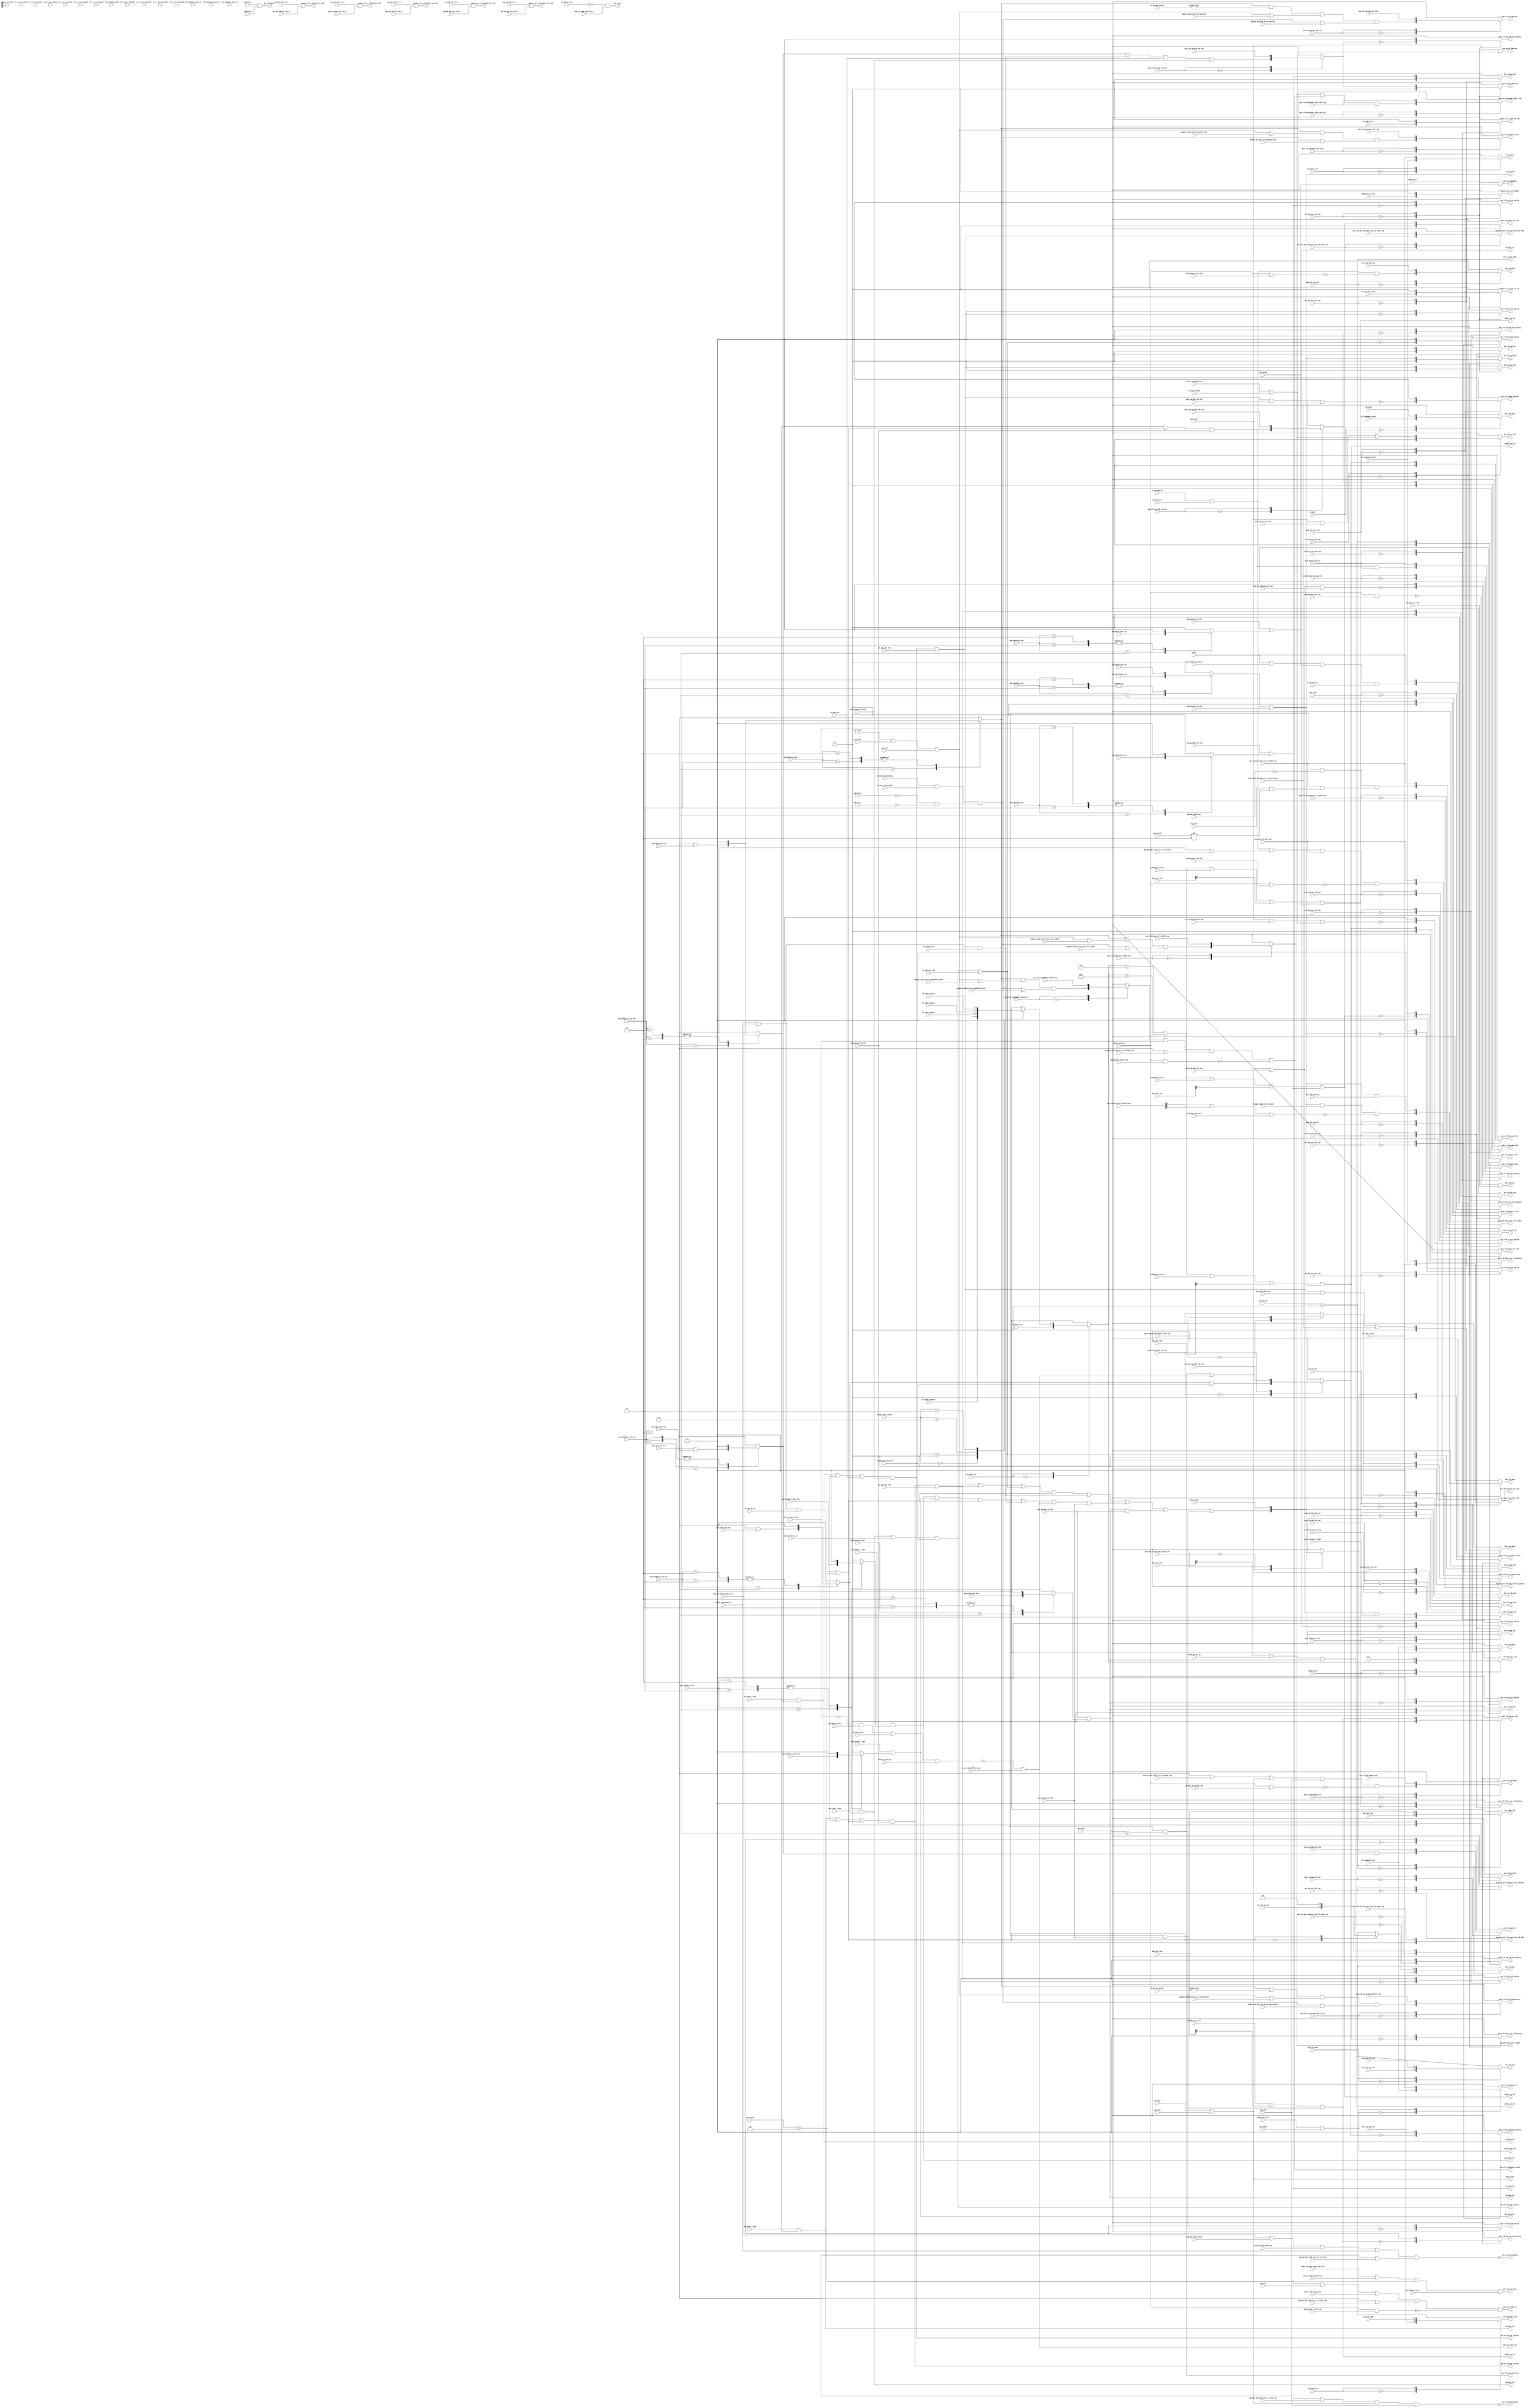
/*********** Howard Auto Gen Tools ***********/

module tcon_config(
// --- input
    input  ad_et41_rst_sel_reg,
    input  ad_r07_rst_sel_reg,
    input  ad_r08_rst_sel_reg,
    input  ad_r09_rst_sel_reg,
    input  ad_r10_rst_sel_reg,
    input  adc_cal_gating_clk_reg,
    input  adc_cal_rst_sel_reg,
    input  always_pow_rst,
    input  aux_mode,
    input  bypass_hp_port_on_12p288mhz_dre03,
    input  bypass_hp_port_on_bias_ctrl_128fs,
    input  bypass_hp_port_on_en_sw_amp_detect,
    input  bypass_hp_port_on_harmonic_8fs,
    input  bypass_hp_port_on_hp_amp_det,
    input  bypass_su45_46_47_12p288mhz_dre03,
    input  bypass_su45_46_47_bias_ctrl_128fs,
    input  bypass_su45_46_47_en_sw_amp_detect,
    input  bypass_su45_46_47_harmonic_8fs,
    input  bypass_su45_46_47_hp_amp_det,
    input  cal_adc_rst_n,
    input  cal_dc_procedure_en,
    input  cal_dc_status,
    input  cal_hp_dc_en,
    input  cal_pdm_dc_en,
    input  cbj_done,
    input  ck_rc_osc_div1024,
    input  ck_rc_osc_div128,
    input  ck_rc_osc_div16,
    input  ck_rc_osc_div2048,
    input  ck_rc_osc_div256,
    input  ck_rc_osc_div32,
    input  ck_rc_osc_div4096,
    input  ck_rc_osc_div512,
    input  ck_rc_osc_div64,
    input  ck_rc_osc_div8,
    input  ck_rc_osc_div8192,
    input  clk_98p304m_div16,
    input  clk_98p304m_div2_en,
    input  clk_98p304m_div4,
    input  clk_98p304m_div4_en,
    input  clk_98p304m_div64,
    input  clk_98p304m_div8,
    input  clk_98p304m_div8_en,
    input  clk_dmic_sel,
    input  clk_sdmi,
    input  clk_udsp_sel,
    input  cp_clk_sel,
    input  da_clk_force_on,
    input  da_r02_rst_sel_reg,
    input  da_r03_rst_sel_reg,
    input  da_r04_rst_sel_reg,
    input  daad_lp_en,
    input  dmic1_en,
    input  dmic2_en,
    input  efuse_clk_ctrl,
    input  en_cal_adc_offset_sync,
    input  en_dac_ext_r02,
    input  en_dac_ext_r03,
    input  en_dac_ext_r04,
    input  en_out_l_hp_analog,
    input  en_out_r_hp_analog,
    input  eq_path_en,
    input  et41h_ad_src_en,
    input  flag_sin_gen_ramp_busy,
    input  fsm_busy_status,
    input  fsm_en_stereo_dre,
    input  gating_apr_cal_reg,
    input  gating_apr_cbj_reg,
    input  gating_apr_depop_reg,
    input  gating_apr_dre03_reg,
    input  gating_apr_fsm_reg,
    input  gating_apr_rldet_reg,
    input  gating_sdw_link_rst_n_1_cal_reg,
    input  gating_sdw_link_rst_n_1_cbj_reg,
    input  gating_sdw_link_rst_n_1_depop_reg,
    input  gating_sdw_link_rst_n_1_dre03_reg,
    input  gating_sdw_link_rst_n_1_fsm_reg,
    input  gating_sdw_link_rst_n_1_rldet_reg,
    input  hid1_button_ump_en,
    input  hp_outjd_4t,
    input  imp_en,
    input  jd_hp_dbn_in,
    input  jd_source_sel,
    input  linkb,
    input  mfpu_algo_prepare_ctrl_et4e_func04,
    input  mute_hp_l,
    input  mute_hp_r,
    input  nid07h_ad_src_en,
    input  nid08h_ad_src_en,
    input  nid09h_ad_src_en,
    input  nid10h_ad_src_en,
    input  pd_ck_adda,
    input  pll_ckrdy,
    input  pll_ckrdy_6t,
    input  porb,
    input  pow_adc07_ps2_reg,
    input  pow_adc08_ps2_reg,
    input  pow_adc08_ps3_reg,
    input  pow_adc10_ps2_reg,
    input  pow_cbj,
    input  pow_ck2ad_mix_sel,
    input  pow_ck_fda_sda_sel,
    input  pow_clk_12p288mhz_dre03_reg,
    input  pow_clk_12p288mhz_dre03_sel,
    input  pow_clk_ad_et41_ana_filter_sel,
    input  pow_clk_ad_r09_ana_filter_sel,
    input  pow_clk_adc_bias_ctrl_128fs_reg,
    input  pow_clk_adc_bias_ctrl_128fs_sel,
    input  pow_clk_adc_cal_pdb,
    input  pow_clk_adc_cal_reg,
    input  pow_clk_adc_dre_reg,
    input  pow_clk_adc_dre_sel,
    input  pow_clk_bias_ctrl_128fs_reg,
    input  pow_clk_bias_ctrl_128fs_sel,
    input  pow_clk_button_ump_sel,
    input  pow_clk_cal_fsm_reg,
    input  pow_clk_cal_fsm_sel,
    input  pow_clk_cal_reg,
    input  pow_clk_cbj_reg,
    input  pow_clk_cbj_sel,
    input  pow_clk_da_mod_r02_reg,
    input  pow_clk_da_mod_r02_sel,
    input  pow_clk_da_mod_r03_reg,
    input  pow_clk_da_mod_r03_sel,
    input  pow_clk_da_mod_r04_reg,
    input  pow_clk_da_mod_r04_sel,
    input  pow_clk_dac_ana_out_div2_02_fdac_reg,
    input  pow_clk_dac_ana_out_div2_02_fdac_sel,
    input  pow_clk_dac_ana_out_div2_03_sdac_reg,
    input  pow_clk_dac_ana_out_div2_03_sdac_sel,
    input  pow_clk_en_sw_amp_detect_reg,
    input  pow_clk_en_sw_amp_detect_sel,
    input  pow_clk_envelope_128fs_12m_reg,
    input  pow_clk_envelope_128fs_12m_sel,
    input  pow_clk_harmonic_8fs_reg,
    input  pow_clk_harmonic_8fs_sel,
    input  pow_clk_hp_amp_det_reg,
    input  pow_clk_hp_amp_det_sel,
    input  pow_clk_hp_depop_reg,
    input  pow_clk_hp_depop_sel,
    input  pow_clk_pdm_dre_reg,
    input  pow_clk_pdm_dre_sel,
    input  pow_clk_rc_cal_reg,
    input  pow_clk_udsp_reg,
    input  pow_clk_usd_reg,
    input  pow_clk_usd_sel,
    input  pow_et41h_ps2_reg,
    input  pow_fdac_l_pdb,
    input  pow_fdac_ps2_reg,
    input  pow_jd1,
    input  pow_jd2,
    input  pow_mixadc_l_pdb,
    input  pow_mixadc_l_ps2_reg,
    input  pow_mixadc_r_pdb,
    input  pow_mixadc_r_ps2_reg,
    input  pow_rccal,
    input  pow_rdac_l_pdb,
    input  pow_rdac_ps2_reg,
    input  pow_sdac_l_pdb,
    input  pow_sdac_ps2_reg,
    input  pre_ck_rc_osc,
    input  rc_cal_fsm_en,
    input  rc_cal_gating_clk_reg,
    input  rc_cal_procedure_en,
    input  rc_cal_rst_n_reg,
    input  rc_cal_rst_sel_reg,
    input  reg_ad_et41_rst_n,
    input  reg_ad_et41_src_rst_n,
    input  reg_ad_r07_rst_n,
    input  reg_ad_r07_src_rst_n,
    input  reg_ad_r08_rst_n,
    input  reg_ad_r08_src_rst_n,
    input  reg_ad_r09_rst_n,
    input  reg_ad_r09_src_rst_n,
    input  reg_ad_r10_rst_n,
    input  reg_ad_r10_src_rst_n,
    input  reg_cal_clk_force_en,
    input  reg_cal_dc_procedure_en,
    input  reg_en_pll,
    input  reg_filter_clk_rst_n,
    input  reg_gating_clk_e41,
    input  reg_gating_clk_r02,
    input  reg_gating_clk_r03,
    input  reg_gating_clk_r04,
    input  reg_gating_clk_r07,
    input  reg_gating_clk_r08,
    input  reg_gating_clk_r09,
    input  reg_gating_clk_r10,
    input  reg_sin_gen_rst_n,
    input  rldet_sin_gen_ramp_start_en,
    input  rldet_status_hp1,
    input  scan_mode,
    input  sdw_link_rst_n_1,
    input  sel_et45,
    input  sel_et46,
    input  sel_et47,
    input  spk_pow_lim_status,
    input  start_rldet_hp1_post,
    input  trigger_mode_ultra_sound,
    input  udsp_gating_clk_reg,
    input  udsp_rst_n_reg,
    input  udsp_rst_sel_reg,
    input  ulsd_det_spe_ctrl,
    input  usd_clk_mode,
    input  usd_data_clear,
    input  usd_in_time_slot_rst_n,
    input [1:0] alc_in_sel,
    input [1:0] en_en_sw_detect,
    input [1:0] en_hp_amp_detect,
    input [1:0] sel_clk_ad_r08,
    input [1:0] sel_clk_ad_r09,
    input [1:0] sel_clk_da_r02,
    input [1:0] sel_clk_udsp,
    input [1:0] sel_et0c,
    input [1:0] usage_et26_func02,
    input [1:0] usd_clk_sel_reg,
    input [2:0] adfe22_input_sel,
    input [2:0] cal_state,
    input [2:0] cbj_result,
    input [2:0] pow_adc07_ps_set,
    input [2:0] pow_adc08_ps_set,
    input [2:0] pow_adc09_ps_set,
    input [2:0] pow_adc10_ps_set,
    input [2:0] pow_dac02_ps_set_act,
    input [2:0] pow_dac03_ps_get,
    input [2:0] pow_dac03_ps_set_act,
    input [2:0] pow_dac04_ps_set_act,
    input [2:0] pow_et41h_ps_set,
    input [2:0] spe_private_et44_func04_post,
    input [3:0] adc_e41_rate,
    input [3:0] adc_r07_rate,
    input [3:0] adc_r08_rate,
    input [3:0] adc_r09_rate,
    input [3:0] adc_r10_rate,
    input [3:0] clk_dmic_div,
    input [3:0] clk_dmic_usage_0,
    input [3:0] clk_dmic_usage_1,
    input [3:0] clk_dmic_usage_2,
    input [3:0] clk_dmic_usage_3,
    input [3:0] dac_r02_rate,
// --- output
    output     adc07_src_en,
    output     adc08_src_en,
    output     adc09_src_en,
    output     adc10_src_en,
    output     adc27_src_en,
    output     adc_cal_force_on,
    output     alc_in_sel_eq01,
    output     async_rst_n_clk_ad_src_r09,
    output     async_rst_n_clk_ad_src_r27,
    output     async_rst_n_clk_dmic_src_r07,
    output     async_rst_n_clk_dmic_src_r08,
    output     async_rst_n_clk_dmic_src_r10,
    output     efuse_clk_sel,
    output     ext_clk_cal_gating,
    output     ext_clk_cbj_gating,
    output     pow_ad_e41,
    output     pow_ad_r07,
    output     pow_ad_r08,
    output     pow_ad_r09_l,
    output     pow_ad_r09_r,
    output     pow_ad_r10,
    output     pow_clk_12p288mhz_dre03,
    output     pow_clk_98p304m,
    output     pow_clk_adc_dre_pre1,
    output     pow_clk_cal,
    output     pow_clk_dmic,
    output     pow_clk_rldet_vt,
    output     pow_clk_sin_gen,
    output     pow_da_r02,
    output     pow_da_r02_pd_latency,
    output     pow_da_r03,
    output     pow_da_r03_pd_latency,
    output     pow_da_r04,
    output     pow_da_r04_pd_latency,
    output     pow_jd_ck,
    output     pow_oscck_50m_pre,
    output     pre_spk_rcvy_clk_cts2,
    output     usd_rst_n,
    output reg [1:0] clk_udsp_div_sel,
    output reg [1:0] sel_clk_alc,
    output reg [1:0] sel_clk_usd,
    output reg [3:0] alc_rate_sel,
    output reg [3:0] clk_dmic_div_sel,
    output reg async_rst_n_clk_adc_cal,
    output reg async_rst_n_clk_rc_cal,
    output reg async_rst_n_clk_udsp,
    output reg ext_clk_ad_r07_gating,
    output reg ext_clk_ad_r08_gating,
    output reg ext_clk_ad_r09_ana_filter_gating,
    output reg ext_clk_ad_r09_gating,
    output reg ext_clk_ad_r10_gating,
    output reg ext_clk_ad_r27_ana_filter_gating,
    output reg ext_clk_ad_r27_gating,
    output reg ext_clk_ad_src_r09_gating,
    output reg ext_clk_ad_src_r27_gating,
    output reg ext_clk_adc_cal_gating,
    output reg ext_clk_da_mod_r02_gating,
    output reg ext_clk_da_mod_r03_gating,
    output reg ext_clk_da_mod_r04_gating,
    output reg ext_clk_da_r02_gating,
    output reg ext_clk_da_r03_gating,
    output reg ext_clk_da_r04_gating,
    output reg ext_clk_dmic_src_r07_gating,
    output reg ext_clk_dmic_src_r08_gating,
    output reg ext_clk_dmic_src_r10_gating,
    output reg ext_clk_rc_cal_gating,
    output reg ext_clk_udsp_gating,
    output reg pow_ck2ad_mix,
    output reg pow_ck_fda_sda,
    output reg pow_clk_ad_r07,
    output reg pow_clk_ad_r08,
    output reg pow_clk_ad_r09,
    output reg pow_clk_ad_r09_ana_filter,
    output reg pow_clk_ad_r10,
    output reg pow_clk_ad_r27,
    output reg pow_clk_ad_r27_ana_filter,
    output reg pow_clk_ad_src_r09,
    output reg pow_clk_ad_src_r27,
    output reg pow_clk_adc_bias_ctrl_128fs,
    output reg pow_clk_adc_cal,
    output reg pow_clk_adc_dre,
    output reg pow_clk_bias_ctrl_128fs,
    output reg pow_clk_button_ump,
    output reg pow_clk_cal_fsm,
    output reg pow_clk_cbj,
    output reg pow_clk_da_mod_r02,
    output reg pow_clk_da_mod_r03,
    output reg pow_clk_da_mod_r04,
    output reg pow_clk_da_r02,
    output reg pow_clk_da_r03,
    output reg pow_clk_da_r04,
    output reg pow_clk_dacl_ana_out_div2_02_fdac,
    output reg pow_clk_dacl_ana_out_div2_03_sdac,
    output reg pow_clk_dmic_src_r07,
    output reg pow_clk_dmic_src_r08,
    output reg pow_clk_dmic_src_r10,
    output reg pow_clk_en_sw_amp_detect,
    output reg pow_clk_envelope_128fs_12m,
    output reg pow_clk_harmonic_8fs,
    output reg pow_clk_hp_amp_det,
    output reg pow_clk_hp_depop,
    output reg pow_clk_pdm_dre,
    output reg pow_clk_rc_cal,
    output reg pow_clk_udsp,
    output reg pow_clk_usd,
    output reg pre_clk_beep,
    output reg pre_clk_efuse_ctrl,
    output reg pre_clk_ocp,
    output reg pre_jd_ck,
    output reg pre_spk_purdc_clk_cts2,
    output reg rst_n_cts2_root_clk_98p304m
);



    // -------------------------- component outputs -------------------------- //
    wire           not_trs_detected_done;
    wire           always_pow_rst_cal_post;
    wire           pow_clk_ad_r09_ana_filter_pre1;
    wire           pow_clk_en_sw_amp_detect_pre1;
    wire           pow_clk_ad_r27_ana_filter_pre1;
    wire           inv_ext_clk_cal_gating;
    wire           pow_da_r03_ps2;
    wire           pow_clk_envelope_128fs_12m_pre;
    wire           pow_clk_udsp_pre1;
    wire           spe_private_et44_func04_post1;
    wire           pow_ck2ad_mix_pre;
    wire           ext_clk_adc_cal_gating_pre;
    wire           always_pow_rst_cbj_post;
    wire           pow_clk_pdm_dre_pre;
    wire           pow_clk_da_r02_pre1;
    wire           pow_da_r02_ps2;
    wire           inv_mute_hp_l_r;
    wire           cal_dc_classd_force_on;
    wire           pow_clk_da_r04_pre1;
    wire           always_pow_rst_depop_post;
    wire           always_pow_rst_fsm_post;
    wire           pow_clk_usd_pre1;
    wire           en_out_l_r_hp_analog;
    wire           pow_clk_da_mod_r04_pre1;
    wire           cal_dc_rldet_force_on_pre2;
    wire           fsm_busy_status_post;
    wire           pow_clk_da_mod_r03_pre1;
    wire           hp_port_on;
    wire           pow_clk_adc_cal_pre;
    wire           always_pow_rst_dre03_post;
    wire           pow_clk_cbj_pre;
    wire           pow_clk_da_r03_pre1;
    wire           pow_clk_button_ump_pre;
    wire           pow_clk_rc_cal_pre1;
    wire           pow_clk_hp_amp_det_pre1;
    wire           pow_da_r04_ps2;
    wire           ext_clk_udsp_gating_pre1;
    wire           pow_clk_da_mod_r02_pre1;
    wire           pow_clk_ad_r09_pre;
    wire           always_pow_rst_rldet_post;
    wire           ext_clk_rc_cal_gating_pre1;
    wire           pow_clk_usd_pre0;
    wire           pow_clk_bias_ctrl_128fs_pre;
    wire           pow_clk_en_sw_amp_detect_pre;
    wire           pow_clk_harmonic_8fs_pre;
    wire           pow_clk_12p288mhz_dre03_pre2;
    wire           pow_clk_adc_bias_ctrl_128fs_pre;
    wire           pow_clk_hp_amp_det_pre;
    wire           inv_ext_clk_cbj_gating;
    wire           pow_clk_hp_depop_pre;
    wire           filter_clk_rst_n;
    wire           pow_clk_cal_fsm_pre;
    wire           su45_en;
    wire           su46_en;
    wire           clk_dmic_div_reg_eq7;
    wire           su47_en;
    wire           pow_clk_rldet_vt_pre1;
    wire           line2_to_su35;
    wire           mic2_to_adc09;
    wire           clk_dmic_div_reg_eq9;
    wire           not_trs_detected;
    wire           en_hp_amp_detect_post;
    wire           en_en_sw_detect_post;
    wire           inv_always_pow_rst_dre03_post;
    wire           inv_adc27_src_en;
    wire           inv_pow_clk_da_mod_r02_pre;
    wire           usd_data_clear_b;
    wire           inv_adc09_src_en;
    wire           inv_always_pow_rst_rldet_post;
    wire           inv_always_pow_rst_depop_post;
    wire           inv_pow_clk_da_r04_pre;
    wire           inv_adc07_src_en;
    wire           inv_always_pow_rst_fsm_post;
    wire           inv_pow_clk_da_mod_r04_pre;
    wire           inv_pow_clk_ad_r09_ana_filter_pre;
    wire           inv_pow_ad_e41;
    wire           inv_ext_clk_udsp_gating_pre;
    wire           inv_spe_private_et44_func04_post1;
    wire           inv_adc_cal_force_on_pre;
    wire           inv_always_pow_rst_cal_post;
    wire           inv_fsm_en_stereo_dre;
    wire           inv_pow_ad_r08;
    wire           inv_always_pow_rst_cbj_post;
    wire           inv_ext_clk_rc_cal_gating_pre;
    wire           inv_adc08_src_en;
    wire           inv_pow_clk_ad_r09_pre;
    wire           inv_pow_ad_r10;
    wire           inv_pow_clk_da_r02_pre;
    wire           inv_pow_clk_ad_r27_ana_filter_pre;
    wire           inv_pow_clk_da_r03_pre;
    wire           inv_adc10_src_en;
    wire           inv_ext_clk_adc_cal_gating_pre;
    wire           inv_pow_ad_r07;
    wire           inv_mute_hp_r;
    wire           inv_pow_clk_da_mod_r03_pre;
    wire           inv_mute_hp_l;
    wire           adc27_src_en_pre;
    wire           bypass_su45_46_47_hp_amp_det_post;
    wire           clk_rc_cal_force;
    wire           bypass_hp_port_on_harmonic_8fs_post;
    wire           pow_clk_button_ump_pre1;
    wire           bypass_su45_46_47_harmonic_8fs_post;
    wire           cal_dc_rldet_force_on_pre1;
    wire           bypass_su45_46_47_en_sw_amp_detect_post;
    wire           bypass_hp_port_on_en_sw_amp_detect_post;
    wire           spe_private_et44_func04_post2;
    wire           sdw_link_rst_n_1_depop_post;
    wire           cal_dc_rldet_force_on;
    wire           clk_dmic_div_rate_src_on;
    wire           ext_clk_udsp_gating_pre;
    wire           pow_clk_adc_bias_ctrl_128fs_pre1;
    wire           pow_clk_da_r03_pre;
    wire           sdw_link_rst_n_1_fsm_post;
    wire           adc_r09_src_en_pre;
    wire           sdw_link_rst_n_1_dre03_post;
    wire           bypass_su45_46_47_bias_ctrl_128fs_post;
    wire           sdw_link_rst_n_1_cbj_post;
    wire           pow_clk_da_r02_pre;
    wire           sdw_link_rst_n_1_rldet_post;
    wire           sdw_link_rst_n_1_cal_post;
    wire           pow_clk_envelope_128fs_12m_pre1;
    wire           pow_clk_cbj_pre1;
    wire           bypass_su45_46_47_12p288mhz_dre03_post;
    wire           pow_clk_da_r04_pre2;
    wire           pow_clk_adc_dre_pre;
    wire           pow_clk_cal_fsm_pre1;
    wire           pow_clk_udsp_pre;
    wire           pow_clk_da_mod_r03_pre2;
    wire           bypass_hp_port_on_bias_ctrl_128fs_post;
    wire           pow_clk_12p288mhz_dre03_pre;
    wire           pow_clk_da_r04_pre;
    wire           bypass_hp_port_on_hp_amp_det_post;
    wire           pow_ck2ad_mix_pre1;
    wire           bypass_hp_port_on_12p288mhz_dre03_post;
    wire           ext_clk_rc_cal_gating_pre;
    wire           pow_clk_rc_cal_pre;
    wire           pow_cbj_pre;
    wire           pow_clk_sin_gen_pre;
    wire           su45_su46_su47_en;
    wire           adc_r07_src_en_pre;
    wire           pow_clk_rldet_vt_pre;
    wire           adc_cal_force_on_pre;
    wire           pow_clk_da_r03_pre2;
    wire           pow_clk_da_r02_pre2;
    wire           pow_ad_r09;
    wire           pow_clk_adc_cal_pre1;
    wire           pow_clk_da_mod_r02_pre2;
    wire           adc_r10_src_en_pre;
    wire           adc_r08_src_en_pre;
    wire           pow_ck_fda_sda_ck2ad_mix_r27_r09;
    wire           pow_ck2ad_mix_pre2;
    wire           ext_clk_cal_gating_pre;
    wire           pow_clk_da_r02_r03_r04;
    reg            pow_clk_da_mod_r03_pre;
    reg            pow_clk_12p288mhz_dre03_pre1;
    reg            pow_clk_da_mod_r02_pre;
    reg            pow_clk_ad_r27_ana_filter_pre;
    reg            pow_clk_da_mod_r04_pre;
    reg            pow_clk_ad_r09_ana_filter_pre;
    reg            pow_da_r02_pre1;
    reg            pow_da_r03_pre1;
    reg            pow_da_r04_pre1;
    reg            pow_ad_r07_pre;
    reg            pow_da_r03_ps_get_pre1;
    reg            pow_ad_r08_pre;
    reg            pow_ad_r09_r_pre;
    reg            pow_ad_r09_l_pre;
    reg            pow_ad_e41_pre;
    reg            pow_ad_r10_pre;
    reg            [1:0] sel_clk_ad_r09_gat;
    reg            [3:0] clk_dmic_div_sel_pre;
    reg            [3:0] clk_dmic_div_sel_pre1;

    // --------- combinational for ext_gating, power and async_rst_n --------- //
    assign not_trs_detected_done = cbj_done & 
                                   not_trs_detected ; 

    assign always_pow_rst_cal_post = always_pow_rst & 
                                     gating_apr_cal_reg ; 

    assign pow_clk_ad_r09_ana_filter_pre1 = pow_ad_r09 & 
                                            reg_gating_clk_r09 ; 

    assign pow_clk_sin_gen = pow_clk_sin_gen_pre & 
                             reg_sin_gen_rst_n ; 

    assign pow_clk_en_sw_amp_detect_pre1 = pow_da_r03_ps_get_pre1 & 
                                           en_en_sw_detect_post ; 

    assign pow_ad_r10 = reg_gating_clk_r10 & 
                        pow_ad_r10_pre ; 

    assign adc10_src_en = adc_r10_src_en_pre & 
                          pow_ad_r10 ; 

    assign pow_ad_r09_l = pow_mixadc_l_pdb & 
                          pow_ad_r09_l_pre ; 

    assign pow_clk_ad_r27_ana_filter_pre1 = pow_ad_e41 & 
                                            reg_gating_clk_e41 ; 

    assign usd_rst_n = usd_data_clear_b & 
                       usd_in_time_slot_rst_n ; 

    assign inv_ext_clk_cal_gating = ext_clk_cal_gating_pre & 
                                    sdw_link_rst_n_1_cal_post ; 

    assign pow_da_r03_ps2 = sdw_link_rst_n_1 & 
                            pow_sdac_ps2_reg ; 

    assign pow_da_r04 = pow_rdac_l_pdb & 
                        pow_da_r04_pre1 ; 

    assign pow_clk_envelope_128fs_12m_pre = pow_clk_envelope_128fs_12m_pre1 & 
                                            pow_clk_envelope_128fs_12m_reg ; 

    assign adc27_src_en = adc27_src_en_pre & 
                          pow_ad_e41 ; 

    assign pow_clk_udsp_pre1 = pow_clk_da_r02_pre & 
                               pow_clk_udsp_reg ; 

    assign spe_private_et44_func04_post1 = spe_private_et44_func04_post2 & 
                                           ulsd_det_spe_ctrl ; 

    assign pow_da_r03 = pow_sdac_l_pdb & 
                        pow_da_r03_pre1 ; 

    assign pow_ck2ad_mix_pre = pow_ck2ad_mix_pre1 & 
                               reg_gating_clk_r09 ; 

    assign ext_clk_adc_cal_gating_pre = pow_clk_adc_cal_pre1 & 
                                        adc_cal_gating_clk_reg ; 

    assign always_pow_rst_cbj_post = always_pow_rst & 
                                     gating_apr_cbj_reg ; 

    assign pow_clk_pdm_dre_pre = pow_clk_pdm_dre_reg & 
                                 pow_da_r02_pre1 ; 

    assign pow_clk_da_r02_pre1 = pow_clk_da_r02_pre2 & 
                                 reg_gating_clk_r02 ; 

    assign pow_da_r02_ps2 = sdw_link_rst_n_1 & 
                            pow_fdac_ps2_reg ; 

    assign pow_ad_r09_r = pow_mixadc_r_pdb & 
                          pow_ad_r09_r_pre ; 

    assign inv_mute_hp_l_r = inv_mute_hp_l & 
                             inv_mute_hp_r ; 

    assign adc09_src_en = adc_r09_src_en_pre & 
                          pow_clk_ad_r09_pre ; 

    assign pow_clk_cal = inv_always_pow_rst_cal_post & 
                         pow_clk_cal_reg ; 

    assign cal_dc_classd_force_on = cal_dc_rldet_force_on_pre1 & 
                                    cal_pdm_dc_en ; 

    assign pow_da_r03_pd_latency = pow_clk_da_r03_pre2 & 
                                   reg_gating_clk_r03 ; 

    assign pow_ad_e41 = reg_gating_clk_e41 & 
                        pow_ad_e41_pre ; 

    assign pow_clk_da_r04_pre1 = pow_clk_da_r04_pre2 & 
                                 reg_gating_clk_r04 ; 

    assign always_pow_rst_depop_post = always_pow_rst & 
                                       gating_apr_depop_reg ; 

    assign pow_ad_r07 = reg_gating_clk_r07 & 
                        pow_ad_r07_pre ; 

    assign always_pow_rst_fsm_post = always_pow_rst & 
                                     gating_apr_fsm_reg ; 

    assign pow_clk_adc_dre_pre1 = pow_ad_r09 & 
                                  line2_to_su35 ; 

    assign pow_da_r04_pd_latency = pow_clk_da_r04_pre2 & 
                                   reg_gating_clk_r04 ; 

    assign pow_clk_usd_pre1 = pow_ad_r08 & 
                              pow_clk_usd_reg ; 

    assign en_out_l_r_hp_analog = en_out_l_hp_analog & 
                                  en_out_r_hp_analog ; 

    assign pow_clk_98p304m = reg_en_pll & 
                             pll_ckrdy ; 

    assign pow_clk_da_mod_r04_pre1 = pow_da_r04_pre1 & 
                                     reg_gating_clk_r04 ; 

    assign cal_dc_rldet_force_on_pre2 = cal_dc_rldet_force_on_pre1 & 
                                        cal_hp_dc_en ; 

    assign async_rst_n_clk_dmic_src_r10 = reg_ad_r10_rst_n & 
                                          reg_ad_r10_src_rst_n ; 

    assign async_rst_n_clk_ad_src_r27 = reg_ad_et41_rst_n & 
                                        reg_ad_et41_src_rst_n ; 

    assign fsm_busy_status_post = inv_fsm_en_stereo_dre & 
                                  fsm_busy_status ; 

    assign pow_clk_da_mod_r03_pre1 = pow_clk_da_mod_r03_pre2 & 
                                     reg_gating_clk_r03 ; 

    assign hp_port_on = en_out_l_r_hp_analog & 
                        inv_mute_hp_l_r ; 

    assign pow_clk_adc_cal_pre = pow_clk_adc_cal_pre1 & 
                                 pow_clk_adc_cal_pdb ; 

    assign pow_da_r02 = pow_fdac_l_pdb & 
                        pow_da_r02_pre1 ; 

    assign always_pow_rst_dre03_post = always_pow_rst & 
                                       gating_apr_dre03_reg ; 

    assign pow_clk_cbj_pre = pow_clk_cbj_pre1 & 
                             inv_always_pow_rst_cbj_post ; 

    assign pow_clk_da_r03_pre1 = pow_clk_da_r03_pre2 & 
                                 reg_gating_clk_r03 ; 

    assign pow_clk_button_ump_pre = pow_clk_button_ump_pre1 & 
                                    hid1_button_ump_en ; 

    assign adc_cal_force_on = inv_adc_cal_force_on_pre & 
                              en_cal_adc_offset_sync ; 

    assign async_rst_n_clk_dmic_src_r07 = reg_ad_r07_rst_n & 
                                          reg_ad_r07_src_rst_n ; 

    assign pow_clk_rc_cal_pre1 = pow_rccal & 
                                 pow_clk_rc_cal_reg ; 

    assign pow_da_r02_pd_latency = pow_clk_da_r02_pre2 & 
                                   reg_gating_clk_r02 ; 

    assign pow_clk_hp_amp_det_pre1 = pow_da_r03_ps_get_pre1 & 
                                     en_hp_amp_detect_post ; 

    assign adc08_src_en = adc_r08_src_en_pre & 
                          pow_ad_r08 ; 

    assign pow_da_r04_ps2 = sdw_link_rst_n_1 & 
                            pow_rdac_ps2_reg ; 

    assign async_rst_n_clk_ad_src_r09 = reg_ad_r09_rst_n & 
                                        reg_ad_r09_src_rst_n ; 

    assign pow_ad_r08 = pow_ad_r08_pre & 
                        reg_gating_clk_r08 ; 

    assign async_rst_n_clk_dmic_src_r08 = reg_ad_r08_rst_n & 
                                          reg_ad_r08_src_rst_n ; 

    assign ext_clk_udsp_gating_pre1 = pow_clk_da_r02_pre & 
                                      udsp_gating_clk_reg ; 

    assign pow_clk_da_mod_r02_pre1 = pow_clk_da_mod_r02_pre2 & 
                                     reg_gating_clk_r02 ; 

    assign pow_clk_ad_r09_pre = pow_ad_r09 & 
                                reg_gating_clk_r09 ; 

    assign adc07_src_en = adc_r07_src_en_pre & 
                          pow_ad_r07 ; 

    assign always_pow_rst_rldet_post = always_pow_rst & 
                                       gating_apr_rldet_reg ; 

    assign ext_clk_rc_cal_gating_pre1 = pow_rccal & 
                                        rc_cal_gating_clk_reg ; 

    assign pow_clk_usd_pre0 = pow_ad_r08 & 
                              trigger_mode_ultra_sound & 
                              inv_spe_private_et44_func04_post1 ; 

    assign pow_clk_rldet_vt = pow_clk_rldet_vt_pre & 
                              sdw_link_rst_n_1_rldet_post & 
                              inv_always_pow_rst_rldet_post ; 

    assign pow_clk_bias_ctrl_128fs_pre = pow_da_r03_ps_get_pre1 & 
                                         bypass_su45_46_47_bias_ctrl_128fs_post & 
                                         bypass_hp_port_on_bias_ctrl_128fs_post ; 

    assign pow_clk_en_sw_amp_detect_pre = pow_clk_en_sw_amp_detect_pre1 & 
                                          bypass_su45_46_47_en_sw_amp_detect_post & 
                                          bypass_hp_port_on_en_sw_amp_detect_post ; 

    assign pow_clk_harmonic_8fs_pre = pow_da_r03_ps_get_pre1 & 
                                      bypass_su45_46_47_harmonic_8fs_post & 
                                      bypass_hp_port_on_harmonic_8fs_post ; 

    assign pow_clk_12p288mhz_dre03_pre2 = pow_da_r03_ps_get_pre1 & 
                                          bypass_su45_46_47_12p288mhz_dre03_post & 
                                          bypass_hp_port_on_12p288mhz_dre03_post ; 

    assign pow_clk_12p288mhz_dre03 = pow_clk_12p288mhz_dre03_pre & 
                                     sdw_link_rst_n_1_dre03_post & 
                                     inv_always_pow_rst_dre03_post ; 

    assign pow_clk_adc_bias_ctrl_128fs_pre = pow_ad_r09 & 
                                             mic2_to_adc09 & 
                                             pow_clk_adc_bias_ctrl_128fs_pre1 ; 

    assign pow_clk_hp_amp_det_pre = pow_clk_hp_amp_det_pre1 & 
                                    bypass_su45_46_47_hp_amp_det_post & 
                                    bypass_hp_port_on_hp_amp_det_post ; 

    assign inv_ext_clk_cbj_gating = sdw_link_rst_n_1_cbj_post & 
                                    pow_cbj_pre & 
                                    pow_cbj ; 

    assign pow_clk_hp_depop_pre = sdw_link_rst_n_1_depop_post & 
                                  pow_cbj_pre & 
                                  pow_cbj & 
                                  inv_always_pow_rst_depop_post ; 

    assign filter_clk_rst_n = porb & 
                              reg_filter_clk_rst_n & 
                              pll_ckrdy & 
                              pll_ckrdy_6t ; 

    assign pow_clk_cal_fsm_pre = pow_clk_cal_fsm_pre1 & 
                                 sdw_link_rst_n_1_fsm_post & 
                                 pow_clk_cal_fsm_reg & 
                                 inv_always_pow_rst_fsm_post ; 

    assign su45_en = (sel_et45 == 1'b1);

    assign su46_en = (sel_et46 == 1'b1);

    assign clk_dmic_div_reg_eq7 = (clk_dmic_div_sel_pre[3:0] == 4'b0111);

    assign su47_en = (sel_et47 == 1'b1);

    assign pow_clk_rldet_vt_pre1 = (cal_state[2:0] == 3'b110);

    assign alc_in_sel_eq01 = (alc_in_sel[1:0] == 2'b01);

    assign line2_to_su35 = (sel_et0c[1:0] == 2'b10);

    assign mic2_to_adc09 = (adfe22_input_sel[2:0] == 3'b000);

    assign clk_dmic_div_reg_eq9 = (clk_dmic_div_sel_pre[3:0] == 4'b1001);

    assign not_trs_detected = (cbj_result[2:0] != 3'b100);

    assign en_hp_amp_detect_post = (en_hp_amp_detect[1:0] != 2'b00);

    assign en_en_sw_detect_post = (en_en_sw_detect[1:0] != 2'b00);

    assign inv_always_pow_rst_dre03_post = ~always_pow_rst_dre03_post;

    assign inv_adc27_src_en = ~adc27_src_en;

    assign inv_pow_clk_da_mod_r02_pre = ~pow_clk_da_mod_r02_pre;

    assign usd_data_clear_b = ~usd_data_clear;

    assign inv_adc09_src_en = ~adc09_src_en;

    assign inv_always_pow_rst_rldet_post = ~always_pow_rst_rldet_post;

    assign ext_clk_cal_gating = ~inv_ext_clk_cal_gating;

    assign inv_always_pow_rst_depop_post = ~always_pow_rst_depop_post;

    assign inv_pow_clk_da_r04_pre = ~pow_clk_da_r04_pre;

    assign inv_adc07_src_en = ~adc07_src_en;

    assign inv_always_pow_rst_fsm_post = ~always_pow_rst_fsm_post;

    assign inv_pow_clk_da_mod_r04_pre = ~pow_clk_da_mod_r04_pre;

    assign inv_pow_clk_ad_r09_ana_filter_pre = ~pow_clk_ad_r09_ana_filter_pre;

    assign inv_pow_ad_e41 = ~pow_ad_e41;

    assign inv_ext_clk_udsp_gating_pre = ~ext_clk_udsp_gating_pre;

    assign inv_spe_private_et44_func04_post1 = ~spe_private_et44_func04_post1;

    assign inv_adc_cal_force_on_pre = ~adc_cal_force_on_pre;

    assign inv_always_pow_rst_cal_post = ~always_pow_rst_cal_post;

    assign inv_fsm_en_stereo_dre = ~fsm_en_stereo_dre;

    assign inv_pow_ad_r08 = ~pow_ad_r08;

    assign inv_always_pow_rst_cbj_post = ~always_pow_rst_cbj_post;

    assign inv_ext_clk_rc_cal_gating_pre = ~ext_clk_rc_cal_gating_pre;

    assign inv_adc08_src_en = ~adc08_src_en;

    assign inv_pow_clk_ad_r09_pre = ~pow_clk_ad_r09_pre;

    assign inv_pow_ad_r10 = ~pow_ad_r10;

    assign inv_pow_clk_da_r02_pre = ~pow_clk_da_r02_pre;

    assign inv_pow_clk_ad_r27_ana_filter_pre = ~pow_clk_ad_r27_ana_filter_pre;

    assign inv_pow_clk_da_r03_pre = ~pow_clk_da_r03_pre;

    assign inv_adc10_src_en = ~adc10_src_en;

    assign inv_ext_clk_adc_cal_gating_pre = ~ext_clk_adc_cal_gating_pre;

    assign ext_clk_cbj_gating = ~inv_ext_clk_cbj_gating;

    assign inv_pow_ad_r07 = ~pow_ad_r07;

    assign inv_mute_hp_r = ~mute_hp_r;

    assign inv_pow_clk_da_mod_r03_pre = ~pow_clk_da_mod_r03_pre;

    assign inv_mute_hp_l = ~mute_hp_l;

    assign adc27_src_en_pre = adc_e41_rate[3] | 
                              et41h_ad_src_en ; 

    assign bypass_su45_46_47_hp_amp_det_post = su45_su46_su47_en | 
                                               bypass_su45_46_47_hp_amp_det ; 

    assign clk_rc_cal_force = rc_cal_procedure_en | 
                              rc_cal_fsm_en ; 

    assign bypass_hp_port_on_harmonic_8fs_post = hp_port_on | 
                                                 bypass_hp_port_on_harmonic_8fs ; 

    assign pow_clk_button_ump_pre1 = jd_hp_dbn_in | 
                                     hp_outjd_4t ; 

    assign bypass_su45_46_47_harmonic_8fs_post = su45_su46_su47_en | 
                                                 bypass_su45_46_47_harmonic_8fs ; 

    assign cal_dc_rldet_force_on_pre1 = cal_dc_procedure_en | 
                                        reg_cal_dc_procedure_en ; 

    assign bypass_su45_46_47_en_sw_amp_detect_post = su45_su46_su47_en | 
                                                     bypass_su45_46_47_en_sw_amp_detect ; 

    assign bypass_hp_port_on_en_sw_amp_detect_post = hp_port_on | 
                                                     bypass_hp_port_on_en_sw_amp_detect ; 

    assign spe_private_et44_func04_post2 = spe_private_et44_func04_post[0] | 
                                           spe_private_et44_func04_post[2] ; 

    assign sdw_link_rst_n_1_depop_post = sdw_link_rst_n_1 | 
                                         gating_sdw_link_rst_n_1_depop_reg ; 

    assign pow_clk_dmic = dmic1_en | 
                          dmic2_en ; 

    assign cal_dc_rldet_force_on = cal_dc_rldet_force_on_pre2 | 
                                   pow_clk_rldet_vt_pre1 ; 

    assign clk_dmic_div_rate_src_on = clk_dmic_div_reg_eq7 | 
                                      clk_dmic_div_reg_eq9 ; 

    assign ext_clk_udsp_gating_pre = ext_clk_udsp_gating_pre1 | 
                                     mfpu_algo_prepare_ctrl_et4e_func04 ; 

    assign pow_clk_adc_bias_ctrl_128fs_pre1 = pow_clk_adc_bias_ctrl_128fs_reg | 
                                              not_trs_detected_done ; 

    assign pow_clk_da_r03_pre = pow_clk_da_r03_pre1 | 
                                en_dac_ext_r03 ; 

    assign sdw_link_rst_n_1_fsm_post = sdw_link_rst_n_1 | 
                                       gating_sdw_link_rst_n_1_fsm_reg ; 

    assign adc_r09_src_en_pre = nid09h_ad_src_en | 
                                adc_r09_rate[3] ; 

    assign sdw_link_rst_n_1_dre03_post = sdw_link_rst_n_1 | 
                                         gating_sdw_link_rst_n_1_dre03_reg ; 

    assign bypass_su45_46_47_bias_ctrl_128fs_post = su45_su46_su47_en | 
                                                    bypass_su45_46_47_bias_ctrl_128fs ; 

    assign sdw_link_rst_n_1_cbj_post = sdw_link_rst_n_1 | 
                                       gating_sdw_link_rst_n_1_cbj_reg ; 

    assign pow_clk_da_r02_pre = pow_clk_da_r02_pre1 | 
                                en_dac_ext_r02 ; 

    assign pow_oscck_50m_pre = pow_rccal | 
                               clk_rc_cal_force ; 

    assign sdw_link_rst_n_1_rldet_post = sdw_link_rst_n_1 | 
                                         gating_sdw_link_rst_n_1_rldet_reg ; 

    assign sdw_link_rst_n_1_cal_post = sdw_link_rst_n_1 | 
                                       gating_sdw_link_rst_n_1_cal_reg ; 

    assign pow_clk_envelope_128fs_12m_pre1 = pow_clk_bias_ctrl_128fs | 
                                             pow_clk_12p288mhz_dre03 ; 

    assign pow_jd_ck = pow_jd1 | 
                       pow_jd2 ; 

    assign pow_clk_cbj_pre1 = jd_hp_dbn_in | 
                              hp_outjd_4t ; 

    assign bypass_su45_46_47_12p288mhz_dre03_post = su45_su46_su47_en | 
                                                    bypass_su45_46_47_12p288mhz_dre03 ; 

    assign pow_clk_da_r04_pre2 = pow_da_r04 | 
                                 da_clk_force_on ; 

    assign pow_clk_adc_dre_pre = pow_clk_adc_dre_pre1 | 
                                 adc_cal_force_on ; 

    assign pow_clk_cal_fsm_pre1 = jd_hp_dbn_in | 
                                  hp_outjd_4t ; 

    assign pow_clk_udsp_pre = pow_clk_udsp_pre1 | 
                              mfpu_algo_prepare_ctrl_et4e_func04 ; 

    assign pow_clk_da_mod_r03_pre2 = pow_da_r03_pre1 | 
                                     cal_dc_rldet_force_on ; 

    assign bypass_hp_port_on_bias_ctrl_128fs_post = hp_port_on | 
                                                    bypass_hp_port_on_bias_ctrl_128fs ; 

    assign pow_clk_12p288mhz_dre03_pre = pow_clk_12p288mhz_dre03_pre1 | 
                                         fsm_en_stereo_dre ; 

    assign pow_clk_da_r04_pre = pow_clk_da_r04_pre1 | 
                                en_dac_ext_r04 ; 

    assign bypass_hp_port_on_hp_amp_det_post = hp_port_on | 
                                               bypass_hp_port_on_hp_amp_det ; 

    assign pow_ck2ad_mix_pre1 = pow_ck2ad_mix_pre2 | 
                                adc_cal_force_on ; 

    assign bypass_hp_port_on_12p288mhz_dre03_post = hp_port_on | 
                                                    bypass_hp_port_on_12p288mhz_dre03 ; 

    assign ext_clk_rc_cal_gating_pre = ext_clk_rc_cal_gating_pre1 | 
                                       clk_rc_cal_force ; 

    assign pow_clk_rc_cal_pre = pow_clk_rc_cal_pre1 | 
                                clk_rc_cal_force ; 

    assign pow_cbj_pre = pow_jd1 | 
                         pow_jd2 ; 

    assign efuse_clk_sel = efuse_clk_ctrl | 
                           aux_mode ; 

    assign pow_clk_sin_gen_pre = rldet_sin_gen_ramp_start_en | 
                                 flag_sin_gen_ramp_busy | 
                                 pow_clk_rldet_vt_pre1 ; 

    assign su45_su46_su47_en = su45_en | 
                               su46_en | 
                               su47_en ; 

    assign adc_r07_src_en_pre = clk_dmic_div_rate_src_on | 
                                nid07h_ad_src_en | 
                                adc_r07_rate[3] ; 

    assign pow_clk_rldet_vt_pre = pow_clk_rldet_vt_pre1 | 
                                  imp_en | 
                                  start_rldet_hp1_post ; 

    assign adc_cal_force_on_pre = fsm_busy_status_post | 
                                  cal_dc_status | 
                                  rldet_status_hp1 ; 

    assign pow_clk_da_r03_pre2 = pow_da_r03 | 
                                 da_clk_force_on | 
                                 cal_dc_rldet_force_on ; 

    assign pow_clk_da_r02_pre2 = pow_da_r02 | 
                                 da_clk_force_on | 
                                 eq_path_en ; 

    assign pow_ad_r09 = pow_ad_r09_l | 
                        pow_ad_r09_r | 
                        cal_dc_rldet_force_on ; 

    assign pow_clk_adc_cal_pre1 = pow_clk_adc_dre_pre1 | 
                                  adc_cal_force_on | 
                                  pow_clk_adc_cal_reg ; 

    assign pow_clk_da_mod_r02_pre2 = pow_da_r02_pre1 | 
                                     cal_dc_classd_force_on | 
                                     eq_path_en ; 

    assign adc_r10_src_en_pre = clk_dmic_div_rate_src_on | 
                                nid10h_ad_src_en | 
                                adc_r10_rate[3] ; 

    assign adc_r08_src_en_pre = clk_dmic_div_rate_src_on | 
                                nid08h_ad_src_en | 
                                adc_r08_rate[3] ; 

    assign pow_ck_fda_sda_ck2ad_mix_r27_r09 = pow_clk_da_r02_r03_r04 | 
                                              pow_ck2ad_mix_pre | 
                                              pow_clk_ad_r27_ana_filter_pre1 | 
                                              pow_clk_ad_r09_ana_filter_pre1 ; 

    assign pow_ck2ad_mix_pre2 = pow_ad_r09_l | 
                                pow_ad_r09_r | 
                                cal_dc_rldet_force_on | 
                                cal_dc_classd_force_on ; 

    assign ext_clk_cal_gating_pre = reg_cal_dc_procedure_en | 
                                    spk_pow_lim_status | 
                                    reg_cal_clk_force_en | 
                                    cal_dc_procedure_en ; 

    assign pow_clk_da_r02_r03_r04 = pow_clk_da_r02_pre | 
                                    pow_clk_da_r03_pre | 
                                    pow_clk_da_r04_pre | 
                                    cal_dc_rldet_force_on | 
                                    cal_dc_classd_force_on ; 

    always@(*) begin
        case (clk_udsp_sel)
                'd0: clk_udsp_div_sel[1:0] = sel_clk_da_r02[1:0];
                'd1: clk_udsp_div_sel[1:0] = sel_clk_udsp[1:0];
            default: clk_udsp_div_sel[1:0] = sel_clk_da_r02[1:0];
        endcase
    end

    always@(*) begin
        case (jd_source_sel)
                'd0: pre_jd_ck = clk_98p304m_div64;
                'd1: pre_jd_ck = pre_ck_rc_osc;
            default: pre_jd_ck = clk_98p304m_div64;
        endcase
    end

    always@(*) begin
        case (da_r03_rst_sel_reg)
                'd0: ext_clk_da_r03_gating = inv_pow_clk_da_r03_pre;
                'd1: ext_clk_da_r03_gating = 1'b0;
            default: ext_clk_da_r03_gating = inv_pow_clk_da_r03_pre;
        endcase
    end

    always@(*) begin
        case (ad_r09_rst_sel_reg)
                'd0: pow_clk_ad_r09_ana_filter = 1'b1;
                'd1: pow_clk_ad_r09_ana_filter = pow_clk_ad_r09_ana_filter_pre;
            default: pow_clk_ad_r09_ana_filter = 1'b1;
        endcase
    end

    always@(*) begin
        case (adc_cal_rst_sel_reg)
                'd0: ext_clk_adc_cal_gating = inv_ext_clk_adc_cal_gating_pre;
                'd1: ext_clk_adc_cal_gating = 1'b0;
            default: ext_clk_adc_cal_gating = inv_ext_clk_adc_cal_gating_pre;
        endcase
    end

    always@(*) begin
        case (ad_et41_rst_sel_reg)
                'd0: pow_clk_ad_r27_ana_filter = 1'b1;
                'd1: pow_clk_ad_r27_ana_filter = pow_clk_ad_r27_ana_filter_pre;
            default: pow_clk_ad_r27_ana_filter = 1'b1;
        endcase
    end

    always@(*) begin
        case (pow_clk_da_mod_r03_sel)
                'd0: pow_clk_da_mod_r03_pre = pow_clk_da_mod_r03_pre1;
                'd1: pow_clk_da_mod_r03_pre = pow_clk_da_mod_r03_reg;
            default: pow_clk_da_mod_r03_pre = pow_clk_da_mod_r03_pre1;
        endcase
    end

    always@(*) begin
        case (da_r03_rst_sel_reg)
                'd0: pow_clk_da_mod_r03 = 1'b1;
                'd1: pow_clk_da_mod_r03 = pow_clk_da_mod_r03_pre;
            default: pow_clk_da_mod_r03 = 1'b1;
        endcase
    end

    always@(*) begin
        case (ad_r10_rst_sel_reg)
                'd0: pow_clk_ad_r10 = 1'b1;
                'd1: pow_clk_ad_r10 = pow_ad_r10;
            default: pow_clk_ad_r10 = 1'b1;
        endcase
    end

    always@(*) begin
        case (udsp_rst_sel_reg)
                'd0: async_rst_n_clk_udsp = udsp_rst_n_reg;
                'd1: async_rst_n_clk_udsp = 1'b1;
            default: async_rst_n_clk_udsp = udsp_rst_n_reg;
        endcase
    end

    always@(*) begin
        case (cp_clk_sel)
                'd0: pre_clk_beep = pre_ck_rc_osc;
                'd1: pre_clk_beep = clk_98p304m_div4;
            default: pre_clk_beep = pre_ck_rc_osc;
        endcase
    end

    always@(*) begin
        case (ad_r10_rst_sel_reg)
                'd0: pow_clk_dmic_src_r10 = 1'b1;
                'd1: pow_clk_dmic_src_r10 = adc10_src_en;
            default: pow_clk_dmic_src_r10 = 1'b1;
        endcase
    end

    always@(*) begin
        case (efuse_clk_sel)
                'd0: pre_clk_efuse_ctrl = clk_98p304m_div4;
                'd1: pre_clk_efuse_ctrl = pre_ck_rc_osc;
            default: pre_clk_efuse_ctrl = clk_98p304m_div4;
        endcase
    end

    always@(*) begin
        case (da_r02_rst_sel_reg)
                'd0: pow_clk_da_r02 = 1'b1;
                'd1: pow_clk_da_r02 = pow_clk_da_r02_pre;
            default: pow_clk_da_r02 = 1'b1;
        endcase
    end

    always@(*) begin
        case (da_r02_rst_sel_reg)
                'd0: ext_clk_da_r02_gating = inv_pow_clk_da_r02_pre;
                'd1: ext_clk_da_r02_gating = 1'b0;
            default: ext_clk_da_r02_gating = inv_pow_clk_da_r02_pre;
        endcase
    end

    always@(*) begin
        case (adc_cal_rst_sel_reg)
                'd0: pow_clk_adc_cal = 1'b1;
                'd1: pow_clk_adc_cal = pow_clk_adc_cal_pre;
            default: pow_clk_adc_cal = 1'b1;
        endcase
    end

    always@(*) begin
        case (da_r02_rst_sel_reg)
                'd0: ext_clk_da_mod_r02_gating = inv_pow_clk_da_mod_r02_pre;
                'd1: ext_clk_da_mod_r02_gating = 1'b0;
            default: ext_clk_da_mod_r02_gating = inv_pow_clk_da_mod_r02_pre;
        endcase
    end

    always@(*) begin
        case (ad_r09_rst_sel_reg)
                'd0: pow_clk_ad_r09 = 1'b1;
                'd1: pow_clk_ad_r09 = pow_clk_ad_r09_pre;
            default: pow_clk_ad_r09 = 1'b1;
        endcase
    end

    always@(*) begin
        case (pow_clk_usd_sel)
                'd0: pow_clk_usd = pow_clk_usd_pre0;
                'd1: pow_clk_usd = pow_clk_usd_pre1;
            default: pow_clk_usd = pow_clk_usd_pre0;
        endcase
    end

    always@(*) begin
        case (ad_r07_rst_sel_reg)
                'd0: pow_clk_ad_r07 = 1'b1;
                'd1: pow_clk_ad_r07 = pow_ad_r07;
            default: pow_clk_ad_r07 = 1'b1;
        endcase
    end

    always@(*) begin
        case (pow_clk_hp_depop_sel)
                'd0: pow_clk_hp_depop = pow_clk_hp_depop_pre;
                'd1: pow_clk_hp_depop = pow_clk_hp_depop_reg;
            default: pow_clk_hp_depop = pow_clk_hp_depop_pre;
        endcase
    end

    always@(*) begin
        case (ad_et41_rst_sel_reg)
                'd0: ext_clk_ad_r27_ana_filter_gating = inv_pow_clk_ad_r27_ana_filter_pre;
                'd1: ext_clk_ad_r27_ana_filter_gating = 1'b0;
            default: ext_clk_ad_r27_ana_filter_gating = inv_pow_clk_ad_r27_ana_filter_pre;
        endcase
    end

    always@(*) begin
        case (scan_mode)
                'd0: rst_n_cts2_root_clk_98p304m = filter_clk_rst_n;
                'd1: rst_n_cts2_root_clk_98p304m = porb;
            default: rst_n_cts2_root_clk_98p304m = filter_clk_rst_n;
        endcase
    end

    always@(*) begin
        case (pow_clk_hp_amp_det_sel)
                'd0: pow_clk_hp_amp_det = pow_clk_hp_amp_det_pre;
                'd1: pow_clk_hp_amp_det = pow_clk_hp_amp_det_reg;
            default: pow_clk_hp_amp_det = pow_clk_hp_amp_det_pre;
        endcase
    end

    always@(*) begin
        case (daad_lp_en)
                'd0: clk_dmic_div_sel[3:0] = clk_dmic_div_sel_pre[3:0];
                'd1: clk_dmic_div_sel[3:0] = 4'b1010;
            default: clk_dmic_div_sel[3:0] = clk_dmic_div_sel_pre[3:0];
        endcase
    end

    always@(*) begin
        case (rc_cal_rst_sel_reg)
                'd0: async_rst_n_clk_rc_cal = rc_cal_rst_n_reg;
                'd1: async_rst_n_clk_rc_cal = 1'b1;
            default: async_rst_n_clk_rc_cal = rc_cal_rst_n_reg;
        endcase
    end

    always@(*) begin
        case (pow_clk_envelope_128fs_12m_sel)
                'd0: pow_clk_envelope_128fs_12m = pow_clk_envelope_128fs_12m_pre;
                'd1: pow_clk_envelope_128fs_12m = pow_clk_envelope_128fs_12m_reg;
            default: pow_clk_envelope_128fs_12m = pow_clk_envelope_128fs_12m_pre;
        endcase
    end

    always@(*) begin
        case (pow_clk_12p288mhz_dre03_sel)
                'd0: pow_clk_12p288mhz_dre03_pre1 = pow_clk_12p288mhz_dre03_pre2;
                'd1: pow_clk_12p288mhz_dre03_pre1 = pow_clk_12p288mhz_dre03_reg;
            default: pow_clk_12p288mhz_dre03_pre1 = pow_clk_12p288mhz_dre03_pre2;
        endcase
    end

    always@(*) begin
        case (ad_r08_rst_sel_reg)
                'd0: pow_clk_ad_r08 = 1'b1;
                'd1: pow_clk_ad_r08 = pow_ad_r08;
            default: pow_clk_ad_r08 = 1'b1;
        endcase
    end

    always@(*) begin
        case (ad_r09_rst_sel_reg)
                'd0: ext_clk_ad_r09_gating = inv_pow_clk_ad_r09_pre;
                'd1: ext_clk_ad_r09_gating = 1'b0;
            default: ext_clk_ad_r09_gating = inv_pow_clk_ad_r09_pre;
        endcase
    end

    always@(*) begin
        case (pow_ck_fda_sda_sel)
                'd0: pow_ck_fda_sda = pow_ck_fda_sda_ck2ad_mix_r27_r09;
                'd1: pow_ck_fda_sda = pd_ck_adda;
            default: pow_ck_fda_sda = pow_ck_fda_sda_ck2ad_mix_r27_r09;
        endcase
    end

    always@(*) begin
        case (ad_r07_rst_sel_reg)
                'd0: pow_clk_dmic_src_r07 = 1'b1;
                'd1: pow_clk_dmic_src_r07 = adc07_src_en;
            default: pow_clk_dmic_src_r07 = 1'b1;
        endcase
    end

    always@(*) begin
        case (da_r04_rst_sel_reg)
                'd0: ext_clk_da_mod_r04_gating = inv_pow_clk_da_mod_r04_pre;
                'd1: ext_clk_da_mod_r04_gating = 1'b0;
            default: ext_clk_da_mod_r04_gating = inv_pow_clk_da_mod_r04_pre;
        endcase
    end

    always@(*) begin
        case (pow_clk_da_mod_r02_sel)
                'd0: pow_clk_da_mod_r02_pre = pow_clk_da_mod_r02_pre1;
                'd1: pow_clk_da_mod_r02_pre = pow_clk_da_mod_r02_reg;
            default: pow_clk_da_mod_r02_pre = pow_clk_da_mod_r02_pre1;
        endcase
    end

    always@(*) begin
        case (pow_clk_adc_bias_ctrl_128fs_sel)
                'd0: pow_clk_adc_bias_ctrl_128fs = pow_clk_adc_bias_ctrl_128fs_pre;
                'd1: pow_clk_adc_bias_ctrl_128fs = pow_clk_adc_bias_ctrl_128fs_reg;
            default: pow_clk_adc_bias_ctrl_128fs = pow_clk_adc_bias_ctrl_128fs_pre;
        endcase
    end

    always@(*) begin
        case (ad_et41_rst_sel_reg)
                'd0: ext_clk_ad_src_r27_gating = inv_adc27_src_en;
                'd1: ext_clk_ad_src_r27_gating = 1'b0;
            default: ext_clk_ad_src_r27_gating = inv_adc27_src_en;
        endcase
    end

    always@(*) begin
        case (pow_clk_ad_et41_ana_filter_sel)
                'd0: pow_clk_ad_r27_ana_filter_pre = pow_ck_fda_sda_ck2ad_mix_r27_r09;
                'd1: pow_clk_ad_r27_ana_filter_pre = pd_ck_adda;
            default: pow_clk_ad_r27_ana_filter_pre = pow_ck_fda_sda_ck2ad_mix_r27_r09;
        endcase
    end

    always@(*) begin
        case (pow_clk_cal_fsm_sel)
                'd0: pow_clk_cal_fsm = pow_clk_cal_fsm_pre;
                'd1: pow_clk_cal_fsm = pow_clk_cal_fsm_reg;
            default: pow_clk_cal_fsm = pow_clk_cal_fsm_pre;
        endcase
    end

    always@(*) begin
        case (linkb)
                'd0: pre_clk_ocp = clk_98p304m_div16;
                'd1: pre_clk_ocp = clk_sdmi;
            default: pre_clk_ocp = clk_98p304m_div16;
        endcase
    end

    always@(*) begin
        case (ad_et41_rst_sel_reg)
                'd0: ext_clk_ad_r27_gating = inv_pow_ad_e41;
                'd1: ext_clk_ad_r27_gating = 1'b0;
            default: ext_clk_ad_r27_gating = inv_pow_ad_e41;
        endcase
    end

    always@(*) begin
        case (ad_r08_rst_sel_reg)
                'd0: ext_clk_ad_r08_gating = inv_pow_ad_r08;
                'd1: ext_clk_ad_r08_gating = 1'b0;
            default: ext_clk_ad_r08_gating = inv_pow_ad_r08;
        endcase
    end

    always@(*) begin
        case (ad_r08_rst_sel_reg)
                'd0: pow_clk_dmic_src_r08 = 1'b1;
                'd1: pow_clk_dmic_src_r08 = adc08_src_en;
            default: pow_clk_dmic_src_r08 = 1'b1;
        endcase
    end

    always@(*) begin
        case (pow_clk_dac_ana_out_div2_02_fdac_sel)
                'd0: pow_clk_dacl_ana_out_div2_02_fdac = pow_clk_da_r02_pre;
                'd1: pow_clk_dacl_ana_out_div2_02_fdac = pow_clk_dac_ana_out_div2_02_fdac_reg;
            default: pow_clk_dacl_ana_out_div2_02_fdac = pow_clk_da_r02_pre;
        endcase
    end

    always@(*) begin
        case (ad_r07_rst_sel_reg)
                'd0: ext_clk_dmic_src_r07_gating = inv_adc07_src_en;
                'd1: ext_clk_dmic_src_r07_gating = 1'b0;
            default: ext_clk_dmic_src_r07_gating = inv_adc07_src_en;
        endcase
    end

    always@(*) begin
        case (pow_clk_da_mod_r04_sel)
                'd0: pow_clk_da_mod_r04_pre = pow_clk_da_mod_r04_pre1;
                'd1: pow_clk_da_mod_r04_pre = pow_clk_da_mod_r04_reg;
            default: pow_clk_da_mod_r04_pre = pow_clk_da_mod_r04_pre1;
        endcase
    end

    always@(*) begin
        case (ad_r08_rst_sel_reg)
                'd0: ext_clk_dmic_src_r08_gating = inv_adc08_src_en;
                'd1: ext_clk_dmic_src_r08_gating = 1'b0;
            default: ext_clk_dmic_src_r08_gating = inv_adc08_src_en;
        endcase
    end

    always@(*) begin
        case (pow_clk_bias_ctrl_128fs_sel)
                'd0: pow_clk_bias_ctrl_128fs = pow_clk_bias_ctrl_128fs_pre;
                'd1: pow_clk_bias_ctrl_128fs = pow_clk_bias_ctrl_128fs_reg;
            default: pow_clk_bias_ctrl_128fs = pow_clk_bias_ctrl_128fs_pre;
        endcase
    end

    always@(*) begin
        case (ad_r10_rst_sel_reg)
                'd0: ext_clk_ad_r10_gating = inv_pow_ad_r10;
                'd1: ext_clk_ad_r10_gating = 1'b0;
            default: ext_clk_ad_r10_gating = inv_pow_ad_r10;
        endcase
    end

    always@(*) begin
        case (alc_in_sel_eq01)
                'd0: alc_rate_sel[3:0] = dac_r02_rate[3:0];
                'd1: alc_rate_sel[3:0] = adc_r09_rate[3:0];
            default: alc_rate_sel[3:0] = dac_r02_rate[3:0];
        endcase
    end

    always@(*) begin
        case (cal_dc_rldet_force_on)
                'd0: sel_clk_ad_r09_gat[1:0] = sel_clk_ad_r09[1:0];
                'd1: sel_clk_ad_r09_gat[1:0] = 2'b0;
            default: sel_clk_ad_r09_gat[1:0] = sel_clk_ad_r09[1:0];
        endcase
    end

    always@(*) begin
        case (pow_clk_button_ump_sel)
                'd0: pow_clk_button_ump = pow_clk_button_ump_pre;
                'd1: pow_clk_button_ump = hid1_button_ump_en;
            default: pow_clk_button_ump = pow_clk_button_ump_pre;
        endcase
    end

    always@(*) begin
        case (cp_clk_sel)
                'd0: pre_spk_purdc_clk_cts2 = pre_ck_rc_osc;
                'd1: pre_spk_purdc_clk_cts2 = clk_98p304m_div64;
            default: pre_spk_purdc_clk_cts2 = pre_ck_rc_osc;
        endcase
    end
    assign pre_spk_rcvy_clk_cts2  = pre_spk_purdc_clk_cts2;

    always@(*) begin
        case (rc_cal_rst_sel_reg)
                'd0: ext_clk_rc_cal_gating = inv_ext_clk_rc_cal_gating_pre;
                'd1: ext_clk_rc_cal_gating = 1'b0;
            default: ext_clk_rc_cal_gating = inv_ext_clk_rc_cal_gating_pre;
        endcase
    end

    always@(*) begin
        case (pow_clk_harmonic_8fs_sel)
                'd0: pow_clk_harmonic_8fs = pow_clk_harmonic_8fs_pre;
                'd1: pow_clk_harmonic_8fs = pow_clk_harmonic_8fs_reg;
            default: pow_clk_harmonic_8fs = pow_clk_harmonic_8fs_pre;
        endcase
    end

    always@(*) begin
        case (da_r03_rst_sel_reg)
                'd0: ext_clk_da_mod_r03_gating = inv_pow_clk_da_mod_r03_pre;
                'd1: ext_clk_da_mod_r03_gating = 1'b0;
            default: ext_clk_da_mod_r03_gating = inv_pow_clk_da_mod_r03_pre;
        endcase
    end

    always@(*) begin
        case (ad_r09_rst_sel_reg)
                'd0: ext_clk_ad_r09_ana_filter_gating = inv_pow_clk_ad_r09_ana_filter_pre;
                'd1: ext_clk_ad_r09_ana_filter_gating = 1'b0;
            default: ext_clk_ad_r09_ana_filter_gating = inv_pow_clk_ad_r09_ana_filter_pre;
        endcase
    end

    always@(*) begin
        case (udsp_rst_sel_reg)
                'd0: ext_clk_udsp_gating = inv_ext_clk_udsp_gating_pre;
                'd1: ext_clk_udsp_gating = 1'b0;
            default: ext_clk_udsp_gating = inv_ext_clk_udsp_gating_pre;
        endcase
    end

    always@(*) begin
        case (da_r04_rst_sel_reg)
                'd0: ext_clk_da_r04_gating = inv_pow_clk_da_r04_pre;
                'd1: ext_clk_da_r04_gating = 1'b0;
            default: ext_clk_da_r04_gating = inv_pow_clk_da_r04_pre;
        endcase
    end

    always@(*) begin
        case (da_r03_rst_sel_reg)
                'd0: pow_clk_da_r03 = 1'b1;
                'd1: pow_clk_da_r03 = pow_clk_da_r03_pre;
            default: pow_clk_da_r03 = 1'b1;
        endcase
    end

    always@(*) begin
        case (rc_cal_rst_sel_reg)
                'd0: pow_clk_rc_cal = 1'b1;
                'd1: pow_clk_rc_cal = pow_clk_rc_cal_pre;
            default: pow_clk_rc_cal = 1'b1;
        endcase
    end

    always@(*) begin
        case (ad_et41_rst_sel_reg)
                'd0: pow_clk_ad_src_r27 = 1'b1;
                'd1: pow_clk_ad_src_r27 = adc27_src_en;
            default: pow_clk_ad_src_r27 = 1'b1;
        endcase
    end

    always@(*) begin
        case (pow_clk_cbj_sel)
                'd0: pow_clk_cbj = pow_clk_cbj_pre;
                'd1: pow_clk_cbj = pow_clk_cbj_reg;
            default: pow_clk_cbj = pow_clk_cbj_pre;
        endcase
    end

    always@(*) begin
        case (ad_r07_rst_sel_reg)
                'd0: ext_clk_ad_r07_gating = inv_pow_ad_r07;
                'd1: ext_clk_ad_r07_gating = 1'b0;
            default: ext_clk_ad_r07_gating = inv_pow_ad_r07;
        endcase
    end

    always@(*) begin
        case (pow_clk_pdm_dre_sel)
                'd0: pow_clk_pdm_dre = pow_clk_pdm_dre_pre;
                'd1: pow_clk_pdm_dre = pow_clk_pdm_dre_reg;
            default: pow_clk_pdm_dre = pow_clk_pdm_dre_pre;
        endcase
    end

    always@(*) begin
        case (clk_dmic_sel)
                'd0: clk_dmic_div_sel_pre[3:0] = clk_dmic_div[3:0];
                'd1: clk_dmic_div_sel_pre[3:0] = clk_dmic_div_sel_pre1[3:0];
            default: clk_dmic_div_sel_pre[3:0] = clk_dmic_div[3:0];
        endcase
    end

    always@(*) begin
        case (da_r04_rst_sel_reg)
                'd0: pow_clk_da_r04 = 1'b1;
                'd1: pow_clk_da_r04 = pow_clk_da_r04_pre;
            default: pow_clk_da_r04 = 1'b1;
        endcase
    end

    always@(*) begin
        case (pow_ck2ad_mix_sel)
                'd0: pow_ck2ad_mix = pow_ck_fda_sda_ck2ad_mix_r27_r09;
                'd1: pow_ck2ad_mix = pd_ck_adda;
            default: pow_ck2ad_mix = pow_ck_fda_sda_ck2ad_mix_r27_r09;
        endcase
    end

    always@(*) begin
        case (ad_r10_rst_sel_reg)
                'd0: ext_clk_dmic_src_r10_gating = inv_adc10_src_en;
                'd1: ext_clk_dmic_src_r10_gating = 1'b0;
            default: ext_clk_dmic_src_r10_gating = inv_adc10_src_en;
        endcase
    end

    always@(*) begin
        case (da_r04_rst_sel_reg)
                'd0: pow_clk_da_mod_r04 = 1'b1;
                'd1: pow_clk_da_mod_r04 = pow_clk_da_mod_r04_pre;
            default: pow_clk_da_mod_r04 = 1'b1;
        endcase
    end

    always@(*) begin
        case (usd_clk_mode)
                'd0: sel_clk_usd[1:0] = sel_clk_ad_r08[1:0];
                'd1: sel_clk_usd[1:0] = usd_clk_sel_reg[1:0];
            default: sel_clk_usd[1:0] = sel_clk_ad_r08[1:0];
        endcase
    end

    always@(*) begin
        case (adc_cal_rst_sel_reg)
                'd0: async_rst_n_clk_adc_cal = cal_adc_rst_n;
                'd1: async_rst_n_clk_adc_cal = 1'b1;
            default: async_rst_n_clk_adc_cal = cal_adc_rst_n;
        endcase
    end

    always@(*) begin
        case (pow_clk_dac_ana_out_div2_03_sdac_sel)
                'd0: pow_clk_dacl_ana_out_div2_03_sdac = pow_clk_da_r03_pre;
                'd1: pow_clk_dacl_ana_out_div2_03_sdac = pow_clk_dac_ana_out_div2_03_sdac_reg;
            default: pow_clk_dacl_ana_out_div2_03_sdac = pow_clk_da_r03_pre;
        endcase
    end

    always@(*) begin
        case (pow_clk_ad_r09_ana_filter_sel)
                'd0: pow_clk_ad_r09_ana_filter_pre = pow_ck_fda_sda_ck2ad_mix_r27_r09;
                'd1: pow_clk_ad_r09_ana_filter_pre = pd_ck_adda;
            default: pow_clk_ad_r09_ana_filter_pre = pow_ck_fda_sda_ck2ad_mix_r27_r09;
        endcase
    end

    always@(*) begin
        case (alc_in_sel_eq01)
                'd0: sel_clk_alc[1:0] = sel_clk_da_r02[1:0];
                'd1: sel_clk_alc[1:0] = sel_clk_ad_r09_gat[1:0];
            default: sel_clk_alc[1:0] = sel_clk_da_r02[1:0];
        endcase
    end

    always@(*) begin
        case (ad_r09_rst_sel_reg)
                'd0: ext_clk_ad_src_r09_gating = inv_adc09_src_en;
                'd1: ext_clk_ad_src_r09_gating = 1'b0;
            default: ext_clk_ad_src_r09_gating = inv_adc09_src_en;
        endcase
    end

    always@(*) begin
        case (pow_clk_adc_dre_sel)
                'd0: pow_clk_adc_dre = pow_clk_adc_dre_pre;
                'd1: pow_clk_adc_dre = pow_clk_adc_dre_reg;
            default: pow_clk_adc_dre = pow_clk_adc_dre_pre;
        endcase
    end

    always@(*) begin
        case (udsp_rst_sel_reg)
                'd0: pow_clk_udsp = 1'b1;
                'd1: pow_clk_udsp = pow_clk_udsp_pre;
            default: pow_clk_udsp = 1'b1;
        endcase
    end

    always@(*) begin
        case (ad_et41_rst_sel_reg)
                'd0: pow_clk_ad_r27 = 1'b1;
                'd1: pow_clk_ad_r27 = pow_ad_e41;
            default: pow_clk_ad_r27 = 1'b1;
        endcase
    end

    always@(*) begin
        case (ad_r09_rst_sel_reg)
                'd0: pow_clk_ad_src_r09 = 1'b1;
                'd1: pow_clk_ad_src_r09 = adc09_src_en;
            default: pow_clk_ad_src_r09 = 1'b1;
        endcase
    end

    always@(*) begin
        case (pow_clk_en_sw_amp_detect_sel)
                'd0: pow_clk_en_sw_amp_detect = pow_clk_en_sw_amp_detect_pre;
                'd1: pow_clk_en_sw_amp_detect = pow_clk_en_sw_amp_detect_reg;
            default: pow_clk_en_sw_amp_detect = pow_clk_en_sw_amp_detect_pre;
        endcase
    end

    always@(*) begin
        case (da_r02_rst_sel_reg)
                'd0: pow_clk_da_mod_r02 = 1'b1;
                'd1: pow_clk_da_mod_r02 = pow_clk_da_mod_r02_pre;
            default: pow_clk_da_mod_r02 = 1'b1;
        endcase
    end

    always@(*) begin
        case (usage_et26_func02)
                'd0: clk_dmic_div_sel_pre1[3:0] = clk_dmic_usage_0[3:0];
                'd1: clk_dmic_div_sel_pre1[3:0] = clk_dmic_usage_1[3:0];
                'd2: clk_dmic_div_sel_pre1[3:0] = clk_dmic_usage_2[3:0];
                'd3: clk_dmic_div_sel_pre1[3:0] = clk_dmic_usage_3[3:0];
            default: clk_dmic_div_sel_pre1[3:0] = clk_dmic_usage_0[3:0];
        endcase
    end

    always@(*) begin
        case (pow_dac02_ps_set_act)
                'd0: pow_da_r02_pre1 = sdw_link_rst_n_1;
                'd1: pow_da_r02_pre1 = sdw_link_rst_n_1;
                'd2: pow_da_r02_pre1 = pow_da_r02_ps2;
                'd3: pow_da_r02_pre1 = 1'b0;
                'd4: pow_da_r02_pre1 = 1'b0;
            default: pow_da_r02_pre1 = sdw_link_rst_n_1;
        endcase
    end

    always@(*) begin
        case (pow_dac03_ps_set_act)
                'd0: pow_da_r03_pre1 = sdw_link_rst_n_1;
                'd1: pow_da_r03_pre1 = sdw_link_rst_n_1;
                'd2: pow_da_r03_pre1 = pow_da_r03_ps2;
                'd3: pow_da_r03_pre1 = 1'b0;
                'd4: pow_da_r03_pre1 = 1'b0;
            default: pow_da_r03_pre1 = sdw_link_rst_n_1;
        endcase
    end

    always@(*) begin
        case (pow_dac04_ps_set_act)
                'd0: pow_da_r04_pre1 = sdw_link_rst_n_1;
                'd1: pow_da_r04_pre1 = sdw_link_rst_n_1;
                'd2: pow_da_r04_pre1 = pow_da_r04_ps2;
                'd3: pow_da_r04_pre1 = 1'b0;
                'd4: pow_da_r04_pre1 = 1'b0;
            default: pow_da_r04_pre1 = sdw_link_rst_n_1;
        endcase
    end

    always@(*) begin
        case (pow_adc07_ps_set)
                'd0: pow_ad_r07_pre = 1'b1;
                'd1: pow_ad_r07_pre = 1'b1;
                'd2: pow_ad_r07_pre = pow_adc07_ps2_reg;
                'd3: pow_ad_r07_pre = 1'b0;
                'd4: pow_ad_r07_pre = 1'b0;
            default: pow_ad_r07_pre = 1'b1;
        endcase
    end

    always@(*) begin
        case (pow_dac03_ps_get)
                'd0: pow_da_r03_ps_get_pre1 = sdw_link_rst_n_1;
                'd1: pow_da_r03_ps_get_pre1 = sdw_link_rst_n_1;
                'd2: pow_da_r03_ps_get_pre1 = pow_da_r03_ps2;
                'd3: pow_da_r03_ps_get_pre1 = 1'b0;
                'd4: pow_da_r03_ps_get_pre1 = 1'b0;
            default: pow_da_r03_ps_get_pre1 = sdw_link_rst_n_1;
        endcase
    end

    always@(*) begin
        case (pow_adc08_ps_set)
                'd0: pow_ad_r08_pre = 1'b1;
                'd1: pow_ad_r08_pre = 1'b1;
                'd2: pow_ad_r08_pre = pow_adc08_ps2_reg;
                'd3: pow_ad_r08_pre = pow_adc08_ps3_reg;
                'd4: pow_ad_r08_pre = pow_adc08_ps3_reg;
            default: pow_ad_r08_pre = 1'b1;
        endcase
    end

    always@(*) begin
        case (pow_adc09_ps_set)
                'd0: pow_ad_r09_r_pre = 1'b1;
                'd1: pow_ad_r09_r_pre = 1'b1;
                'd2: pow_ad_r09_r_pre = pow_mixadc_r_ps2_reg;
                'd3: pow_ad_r09_r_pre = 1'b0;
                'd4: pow_ad_r09_r_pre = 1'b0;
            default: pow_ad_r09_r_pre = 1'b1;
        endcase
    end

    always@(*) begin
        case (pow_adc09_ps_set)
                'd0: pow_ad_r09_l_pre = 1'b1;
                'd1: pow_ad_r09_l_pre = 1'b1;
                'd2: pow_ad_r09_l_pre = pow_mixadc_l_ps2_reg;
                'd3: pow_ad_r09_l_pre = 1'b0;
                'd4: pow_ad_r09_l_pre = 1'b0;
            default: pow_ad_r09_l_pre = 1'b1;
        endcase
    end

    always@(*) begin
        case (pow_et41h_ps_set)
                'd0: pow_ad_e41_pre = 1'b1;
                'd1: pow_ad_e41_pre = 1'b1;
                'd2: pow_ad_e41_pre = pow_et41h_ps2_reg;
                'd3: pow_ad_e41_pre = 1'b0;
                'd4: pow_ad_e41_pre = 1'b0;
            default: pow_ad_e41_pre = 1'b1;
        endcase
    end

    always@(*) begin
        case (pow_adc10_ps_set)
                'd0: pow_ad_r10_pre = 1'b1;
                'd1: pow_ad_r10_pre = 1'b1;
                'd2: pow_ad_r10_pre = pow_adc10_ps2_reg;
                'd3: pow_ad_r10_pre = 1'b0;
                'd4: pow_ad_r10_pre = 1'b0;
            default: pow_ad_r10_pre = 1'b1;
        endcase
    end


endmodule